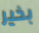
بخير